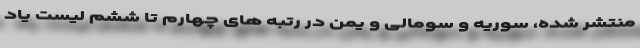
منتشر شده، سوریه و سومالی و یمن در رتبه های چهارم تا ششم لیست یاد